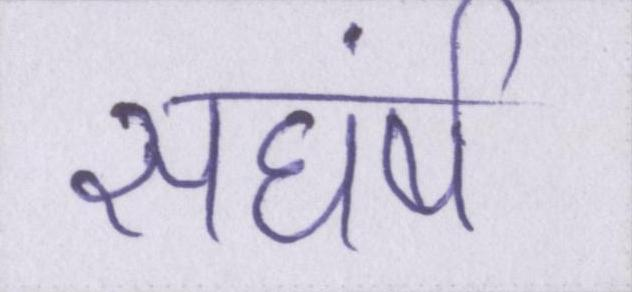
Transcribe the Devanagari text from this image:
सघंर्ष